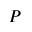
P